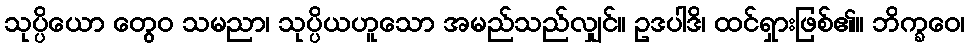
သုပ္ပိယော တွေဝ သမညာ၊ သုပ္ပိယဟူသော အမည်သည်လျှင်။ ဥဒပါဒိ၊ ထင်ရှားဖြစ်၏။ ဘိက္ခဝေ၊